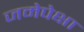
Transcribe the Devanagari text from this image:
जमेपेक्षा